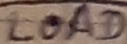
Text: LOAD